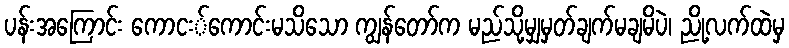
ပန်းအကြောင်း ကောငး်ကောင်းမသိသော ကျွန်တော်က မည်သို့မျှမှတ်ချက်မချမိပဲ၊ ညို့လက်ထဲမှ